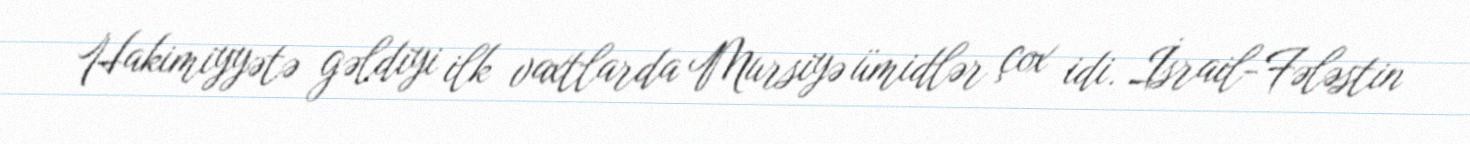
Hakimiyyətə gəldiyi ilk vaxtlarda Mursiyə ümidlər çox idi. İsrail-Fələstin